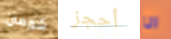
شيرمان أحجز انا